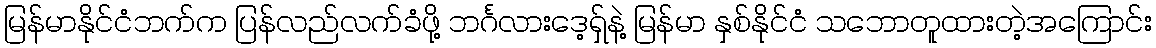
မြန်မာနိုင်ငံဘက်က ပြန်လည်လက်ခံဖို့ ဘင်္ဂလားဒေ့ရှ်နဲ့ မြန်မာ နှစ်နိုင်ငံ သဘောတူထားတဲ့အကြောင်း